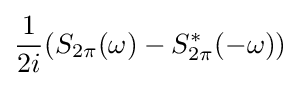
{\frac {1}{2i}}(S_{2\pi }(\omega )-S_{2\pi }^{*}(-\omega ))